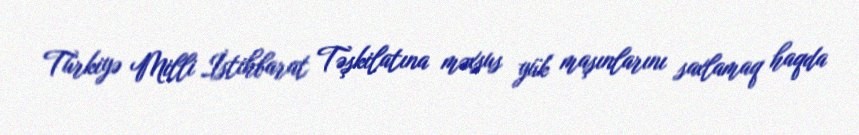
Türkiyə Milli İstihbarat Təşkilatına məxsus yük maşınlarını saxlamaq haqda